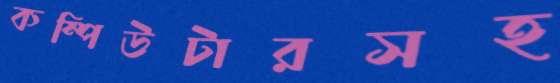
কম্পিউটারসহ